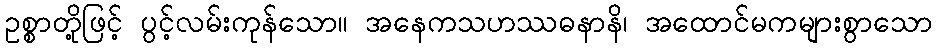
ဥစ္စာတို့ဖြင့် ပွင့်လမ်းကုန်သော။ အနေကသဟဿဓနာနိ၊ အထောင်မကများစွာသော